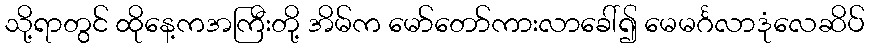
သို့ရာတွင် ထိုနေ့ကအကြီးတို့ အိမ်က မော်တော်ကားလာခေါ်၍ မေမင်္ဂလာဒုံလေဆိပ်